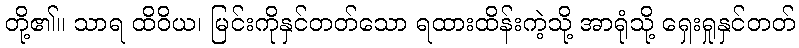
တို့၏။ သာရ ထိဝိယ၊ မြင်းကိုနှင်တတ်သော ရထားထိန်းကဲ့သို့ အာရုံသို့ ရှေးရှုနှင်တတ်